Quinine and its salts - Number 41
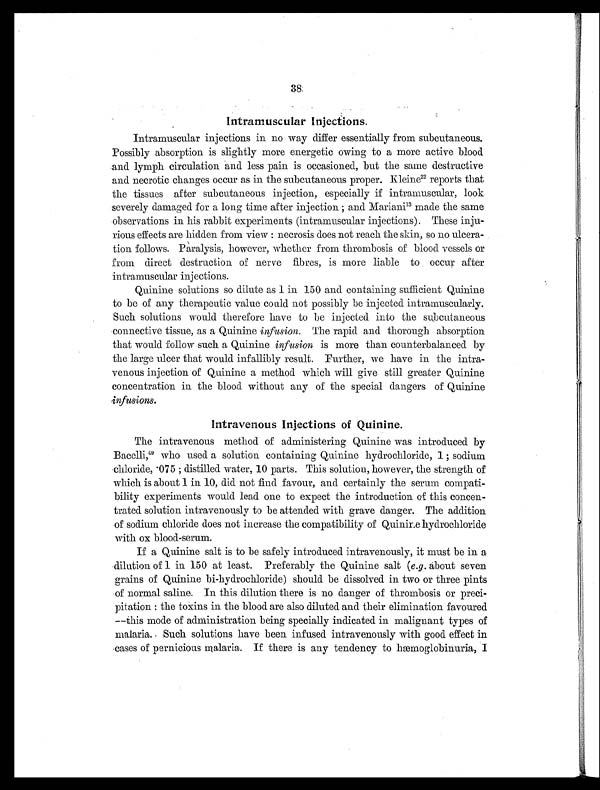
38
Intramuscular Injections.
Intramuscular injections in no way differ essentially from subcutaneous.
Possibly absorption is slightly more energetic owing to a more active blood
and lymph circulation and less pain is occasioned, but the same destructive
and necrotic changes occur as in the subcutaneous proper. Kleine 2 2
r e p o r t s t h a t
the tissues after subcutaneous injection, especially if intramuscular, look
severely damaged for a long time after injection ; and Mariani 1 3
m a d e t h e s a m e
observations in his rabbit experiments (intramuscular injections). These inju-
rious effects are hidden from view : necrosis does not reach the skin, so no ulcera-
tion follows. Paralysis, however, whether from thrombosis of blood vessels or
from direct destruction of nerve fibres, is more liable to occur after
intramuscular injections.
Quinine solutions so dilute as 1 in 150 and containing sufficient Quinine
to be of any therapeutic value could not possibly be injected intramuscularly.
Such solutions would therefore have to be injected into the subcutaneous
connective tissue, as a Quinine infusion. The rapid and thorough absorption
that would follow such a Quinine infusion is more than counterbalanced by
the large ulcer that would infallibly result. Further, we have in the intra-
venous injection of Quinine a method which will give still greater Quinine
concentration in the blood without any of the special dangers of Quinine
infusions.
Intravenous Injections of Quinine.
The intravenous method of administering Quinine was introduced by
Bacelli,49 who used a solution containing Quinine hydrochloride, 1 ; sodium
chloride, .075 ; distilled water, 10 parts. This solution, however, the strength of
which is about 1 in 10, did not find favour, and certainly the serum compati-
bility experiments would lead one to expect the introduction of this concen-
trated solution intravenously to be attended with grave danger. The addition
of sodium chloride does not increase the compatibility of Quinine hydrochloride
with ox blood-serum.
If a Quinine salt is to be safely introduced intravenously, it must be in a
dilution of 1 in 150 at least. Preferably the Quinine salt (e.g . about seven
grains of Quinine bi-hydrochloride) should be dissolved in two or three pints
of normal saline. In this dilution there is no danger of thrombosis or preci-
pitation : the toxins in the blood are also diluted and their elimination favoured
—this mode of administration being specially indicated in malignant types of
malaria. Such solutions have been infused intravenously with good effect in
cases of pernicious malaria. If there is any tendency to hæmoglobinuria, I